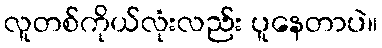
လူတစ်ကိုယ်လုံးလည်း ပူနေတာပဲ။